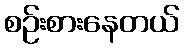
စဉ်းစားနေတယ်